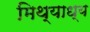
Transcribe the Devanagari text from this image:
मिथ्याध्य